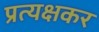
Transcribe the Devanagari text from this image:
प्रत्यक्षकर